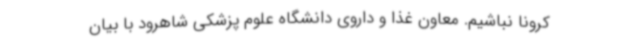
کرونا نباشیم. معاون غذا و داروی دانشگاه علوم پزشکی شاهرود با بیان